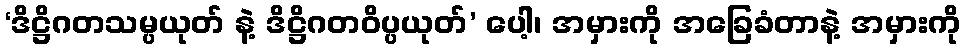
‘ဒိဋ္ဌိဂတသမ္ပယုတ် နဲ့ ဒိဋ္ဌိဂတဝိပ္ပယုတ်’ ပေါ့၊ အမှားကို အခြေခံတာနဲ့ အမှားကို